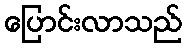
ပြောင်းလာသည်